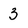
Character: 3